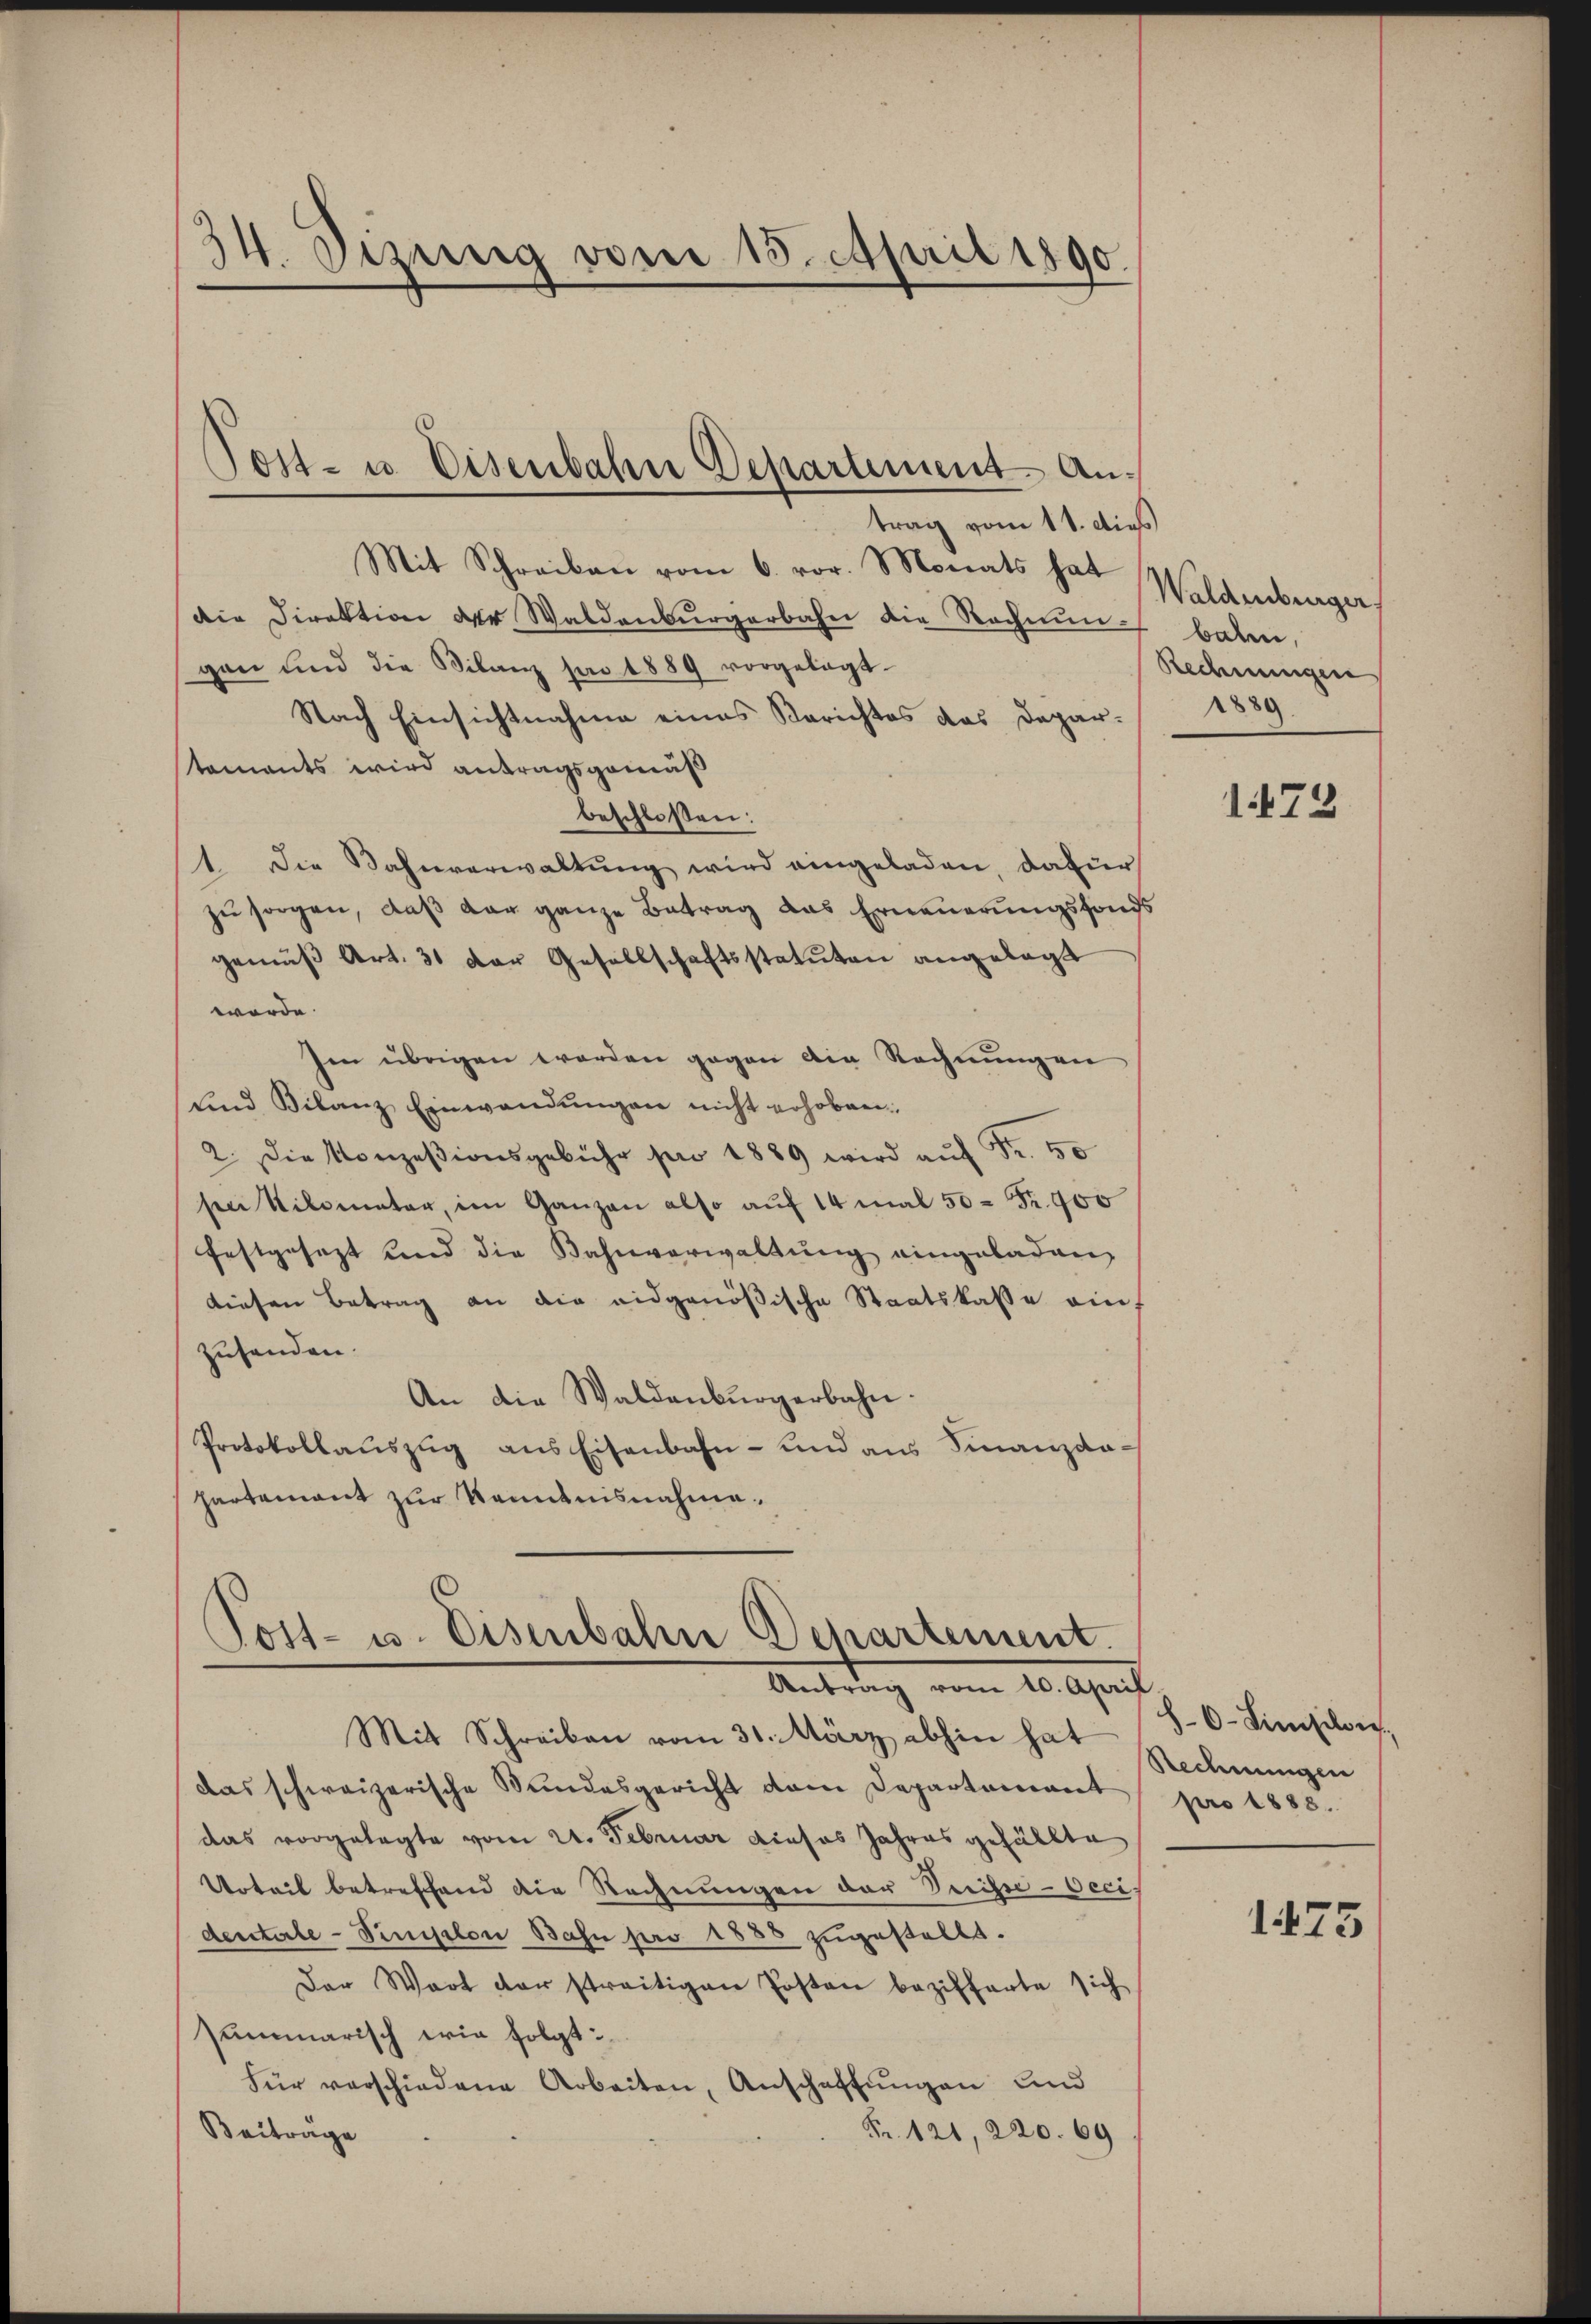
34. Dizung vom 15. April 1890.

Mit Schreiben vom 6. vor. Monats hat
die Direktion der Waldenburgerbahn die Rechnun-
gen und die Bilanz pro 1889 vorgelegt.
Nach Einsichtnahme eines Berichtes das Depar-
tements wird antragsgemäß
beschloßen:
1 Die Bahnverwaltung wird eingeladen, dafür
zu sorgen, daß der ganze Betrag das Erneuerungsfonds
gemäβ Art. 31 der Gesellschaftsstatuten angelegt
worde
Im übrigen werden gegen die Rechnungen
ŭnd Bilanz Einwandŭngen nicht erhobena. Die Konzesionsgebühr pro 1889 wird aŭf Fr. 50
sen Kilometer, im Ganzen also auf 14 mal 50 Fr. 900
festgesezt und die Bahnverwaltŭng eingeladen,
diesen Betrag an die eidgenößische Staatskasse ein
zuhanden.
An die Waldenburgerbahn.
Protokollaŭszŭg ans Eisenbahn- und aus Finanzdapartement zur Kenntnisnahme.

Post- u. Eisenbahn Departement. Antrag vom 11. dies

Post- u. Eisenbahn Departement.
Antrag vom 10. April
Mit Schreiben vom 31. März abhin hat

das schweizerische Bundesgericht dem Departement
das vorgelegte vom 21. Februar dieses Jahres gefällte
Urteil betreffend die Rechnungen der Preisse-Occis
dentale - Simplon Bahn pro 1888 zugestellt.
Der Wort der streitigen Posten bezifferte sich
summarisch wie folgt:
für verschiedene Arbeiten, Anschaffŭngen und
Fr. 121, 220. 69
Beiträge

Waldenburger,
balen,
Rechnungen
880

1473

h 6-Limischon,
Rechnungen
pro 1888.

1475